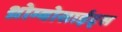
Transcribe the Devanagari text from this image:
थ्रोम्बोसाईट्स